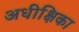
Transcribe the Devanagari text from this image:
अधीक्षिका